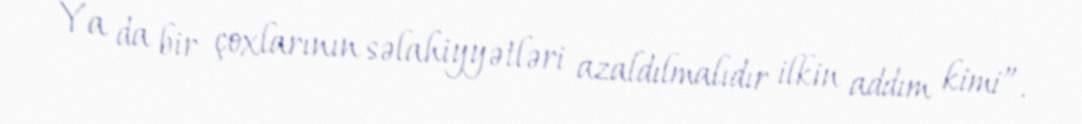
Ya da bir çoxlarının səlahiyyətləri azaldılmalıdır ilkin addım kimi”.